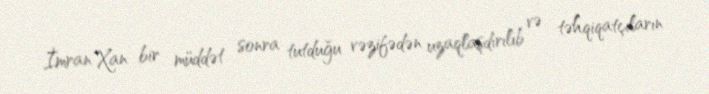
İmran Xan bir müddət sonra tutduğu vəzifədən uzaqlaşdırılıb və təhqiqatçıların